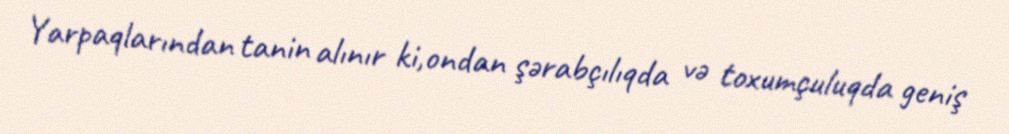
Yarpaqlarından tanin alınır ki,ondan şərabçılıqda və toxumçuluqda geniş